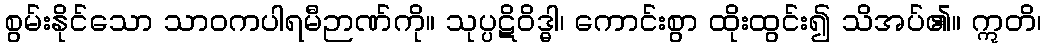
စွမ်းနိုင်သော သာဝကပါရမီဉာဏ်ကို။ သုပ္ပဋိဝိဒ္ဓါ၊ ကောင်းစွာ ထိုးထွင်း၍ သိအပ်၏။ ဣတိ၊